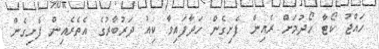
ހައްޖު ކޯޓާ ހޯދުމަށް ރެއިން ފެށިގެން ހަދާފައިވާ ކިއު ދަރުބާރުގެ އެތެރެއިން ފެށިގެން